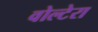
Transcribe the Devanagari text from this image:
वोल्टेरा